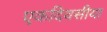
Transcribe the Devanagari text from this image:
एकदिवसीया